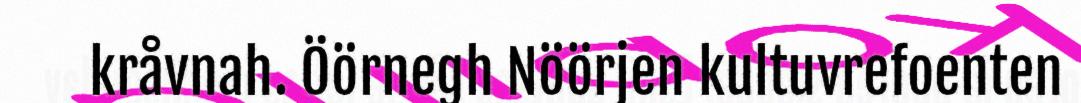
kråvnah. Öörnegh Nöörjen kultuvrefoenten